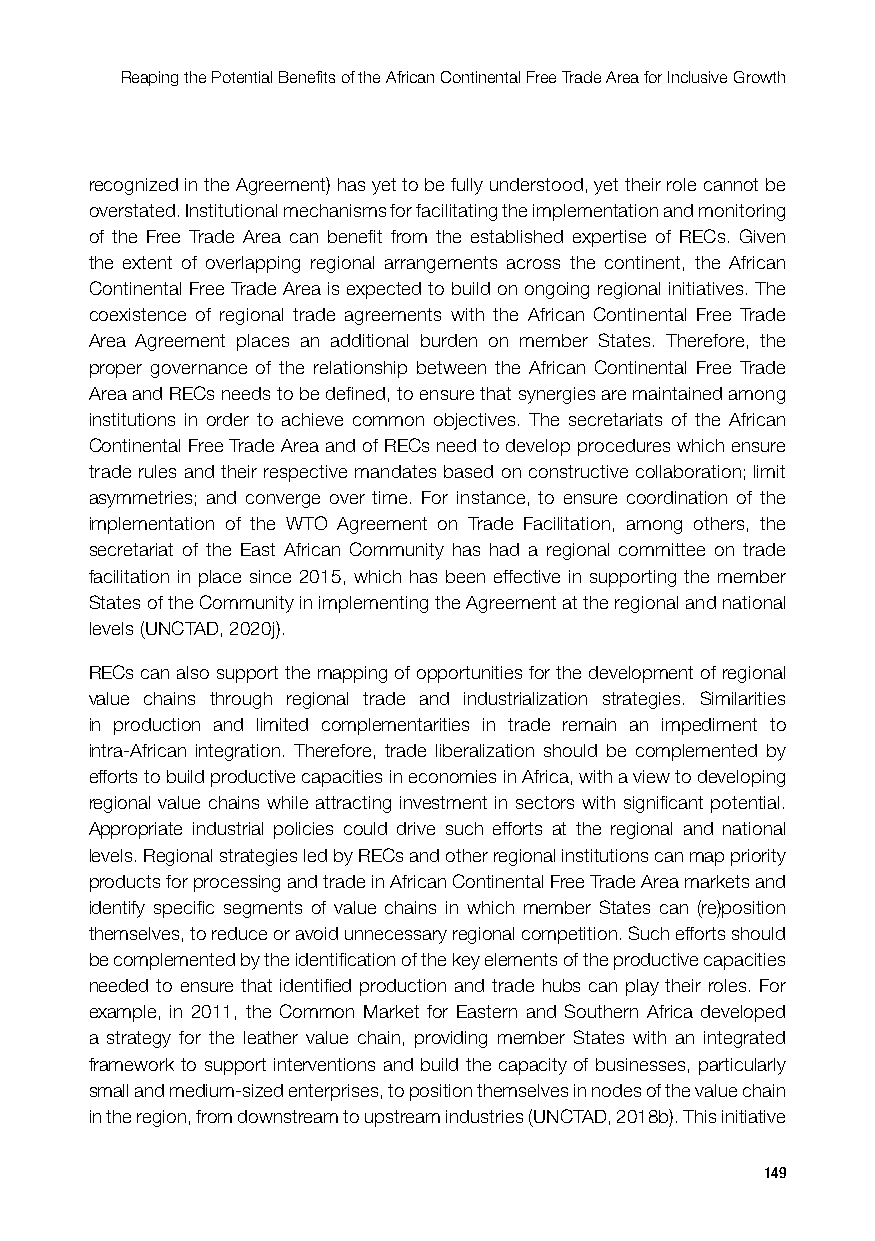
Reaping the Potential Benefits of the African Continental Free Trade Area for Inclusive Growth
 recognized in the Agreement) has yet to be fully understood, yet their role cannot be
 overstated. Institutional mechanisms for facilitating the implementation and monitoring
 of the Free Trade Area can benefit from the established expertise of RECs. Given
 the extent of overlapping regional arrangements across the continent, the African
 Continental Free Trade Area is expected to build on ongoing regional initiatives. The
 coexistence of regional trade agreements with the African Continental Free Trade
 Area Agreement places an additional burden on member States. Therefore, the
 proper governance of the relationship between the African Continental Free Trade
 Area and RECs needs to be defined, to ensure that synergies are maintained among
 institutions in order to achieve common objectives. The secretariats of the African
 Continental Free Trade Area and of RECs need to develop procedures which ensure
 trade rules and their respective mandates based on constructive collaboration; limit
 asymmetries; and converge over time. For instance, to ensure coordination of the
 implementation of the WTO Agreement on Trade Facilitation, among others, the
 secretariat of the East African Community has had a regional committee on trade
 facilitation in place since 2015, which has been effective in supporting the member
 States of the Community in implementing the Agreement at the regional and national
 levels (UNCTAD, 2020j).
 RECs can also support the mapping of opportunities for the development of regional
 value chains through regional trade and industrialization strategies. Similarities
 in production and limited complementarities in trade remain an impediment to
 intra-African integration. Therefore, trade liberalization should be complemented by
 efforts to build productive capacities in economies in Africa, with a view to developing
 regional value chains while attracting investment in sectors with significant potential.
 Appropriate industrial policies could drive such efforts at the regional and national
 levels. Regional strategies led by RECs and other regional institutions can map priority
 products for processing and trade in African Continental Free Trade Area markets and
 identify specific segments of value chains in which member States can (re)position
 themselves, to reduce or avoid unnecessary regional competition. Such efforts should
 be complemented by the identification of the key elements of the productive capacities
 needed to ensure that identified production and trade hubs can play their roles. For
 example, in 2011, the Common Market for Eastern and Southern Africa developed
 a strategy for the leather value chain, providing member States with an integrated
 framework to support interventions and build the capacity of businesses, particularly
 small and medium-sized enterprises, to position themselves in nodes of the value chain
 in the region, from downstream to upstream industries (UNCTAD, 2018b). This initiative
 149